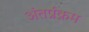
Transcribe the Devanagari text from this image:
अंतर्प्रक्रम